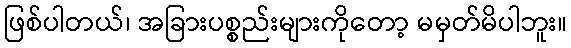
ဖြစ်ပါတယ်၊ အခြားပစ္စည်းများကိုတော့ မမှတ်မိပါဘူး။